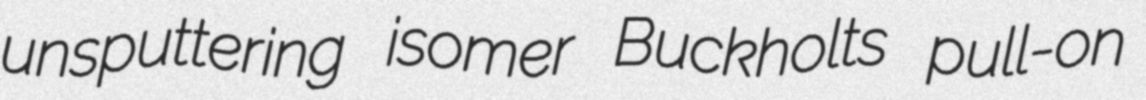
unsputtering isomer Buckholts pull-on